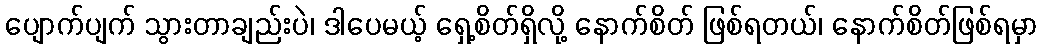
ပျောက်ပျက် သွားတာချည်းပဲ၊ ဒါပေမယ့် ရှေ့စိတ်ရှိလို့ နောက်စိတ် ဖြစ်ရတယ်၊ နောက်စိတ်ဖြစ်ရမှာ